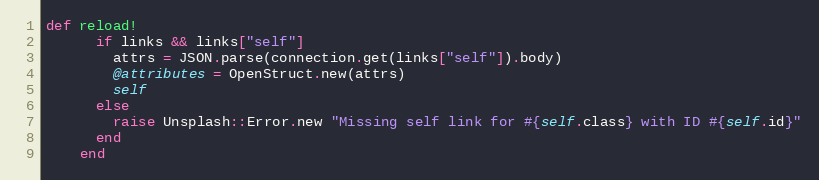
Language: Ruby
def reload!
      if links && links["self"]
        attrs = JSON.parse(connection.get(links["self"]).body)
        @attributes = OpenStruct.new(attrs)
        self
      else
        raise Unsplash::Error.new "Missing self link for #{self.class} with ID #{self.id}"
      end
    end